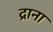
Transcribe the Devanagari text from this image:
द्राना